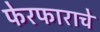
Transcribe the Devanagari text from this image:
फेरफाराचे